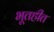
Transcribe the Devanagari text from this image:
भूतहीत